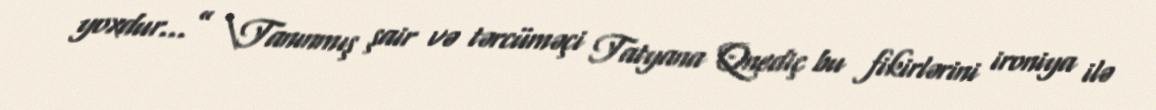
yoxdur...” \Tanınmış şair və tərcüməçi Tatyana Qnediç bu fikirlərini ironiya ilə